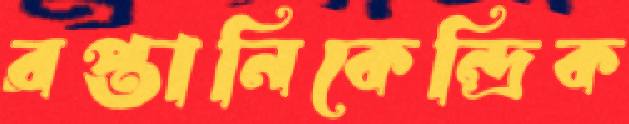
রপ্তানিকেন্দ্রিক